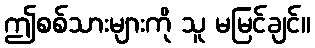
ဤစစ်သားများကို သူ မမြင်ချင်။